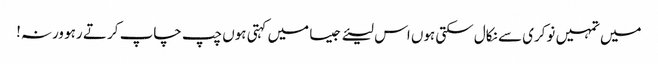
میں تمہیں نوکری سے نکال سکتی ہوں اس لیئے جیسا میں کہتی ہوں چپ چاپ کر تے رہو ورنہ!